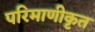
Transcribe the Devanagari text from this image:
परिमाणीकृत